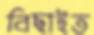
বিছাইত